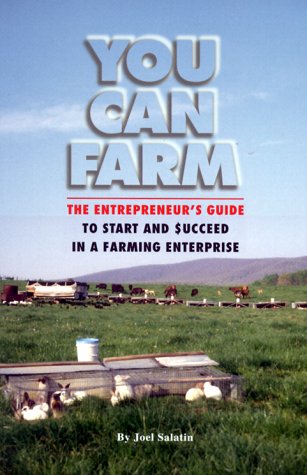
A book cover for You Can Farm: The Entrepreneur's Guide to Start & Succeed in a Farming Enterprise; Joel Salatin; Science & Math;